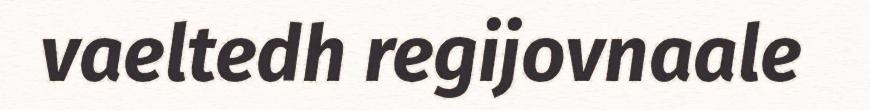
vaeltedh regijovnaale